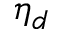
\eta _ { d }